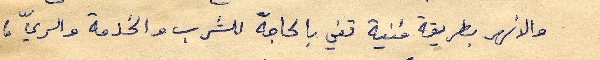
والانهر بطريقة فنية تفي بالحاجة للشرب والخدمة والريّ،